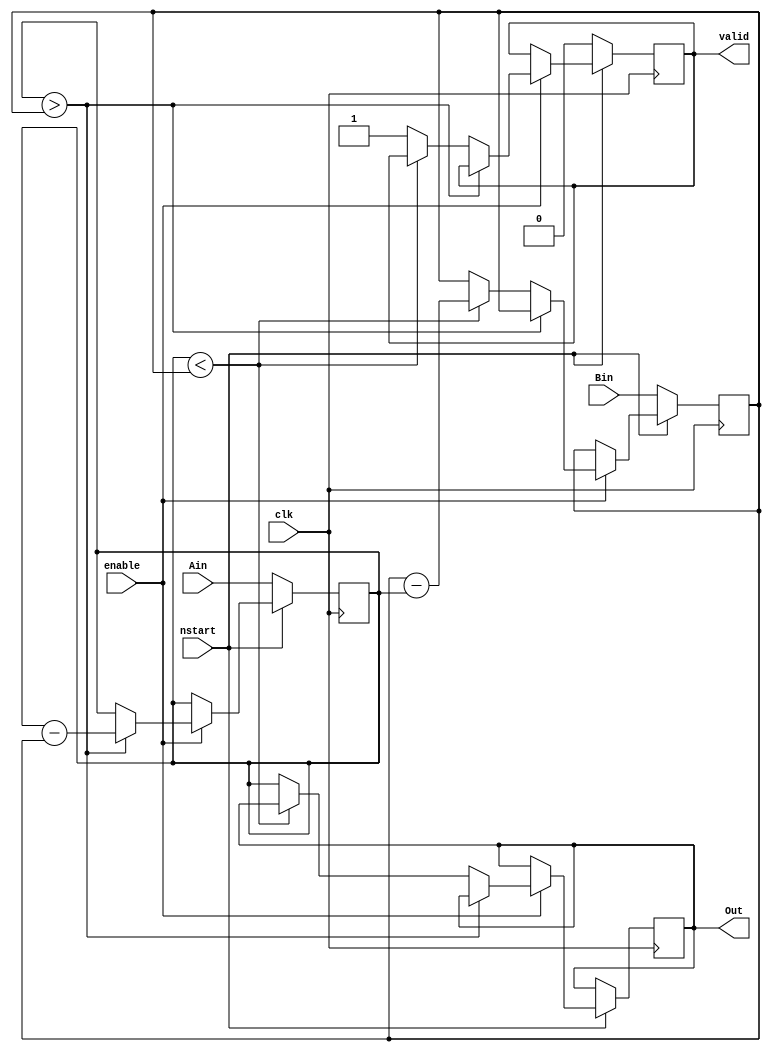
module gcd_fast_m (clk,enable,nstart,Ain,Bin,Out,valid);
    input clk,enable,nstart;
    input [5:0] Ain,Bin;
    output reg [5:0] Out;
    output reg valid;

    reg [5:0] A,B;

    always @ (posedge clk)
        begin
            if (~nstart)
                begin
                    A <= Ain; B <= Bin; valid <= 0;
                end
            else if (~enable)
                begin
                    A <= A; B <= B; valid <= valid;
                end
            else if (A > B)
                begin
                    A <= A - B;
                end
            else if (A < B)
                begin
                    B <= B - A;
                end
            else
                begin
                    Out <= A;
                    valid <= 1;
                end
        end
endmodule

module gcd_slow_m (clk,enable,nstart,Ain,Bin,Out,valid);
    input clk,enable,nstart;
    input [5:0] Ain,Bin;
    output reg [5:0] Out;
    output reg valid;

    reg [5:0] A,B;

    always @ (posedge clk)
        begin
            if (~nstart)
                begin
                    A <= Ain; B <= Bin; valid <= 0;
                end
          	else if (~enable)
                begin
                    A <= A; B <= B; valid <= valid;
                end
            else if (A > B)
                begin
                    A <= A - B;
                end
            else if (A < B)
                begin
                    A <= B;
                    B <= A;
                end
            else
                begin
                    Out <= A;
                    valid <= 1;
                end
        end
endmodule

module gcd_dest_m (clk,Ain,Bin,nequiv);
	input clk;
	reg nstart;
	input [5:0] Ain;
	input [5:0] Bin;
	wire [5:0] Out_1;
	wire [5:0] Out_2;
	wire valid_1;
	wire valid_2;
	wire en_1;
	wire en_2;
	output nequiv;
  
  	initial begin
      nstart = 0;
    end
  
  	always @ (posedge clk)
        begin
          nstart <= 1;
        end

	assign en_1 = ~(valid_1 & ~ valid_2);

	assign en_2 = ~(valid_2 & ~ valid_1);

	assign nequiv = ~(~valid_1 | ~valid_2 | Out_1 == Out_2);

	gcd_fast_m fast_m (
		.clk(clk),
      	.enable(en_1),
		.nstart(nstart),
		.Ain(Ain),
		.Bin(Bin),
		.Out(Out_1),
		.valid(valid_1)
	);

	gcd_slow_m slow_m (
		.clk(clk),
      	.enable(en_2),
		.nstart(nstart),
		.Ain(Ain),
		.Bin(Bin),
		.Out(Out_2),
		.valid(valid_2)
	);

endmodule